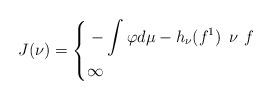
LaTeX: \begin{align*}\gathered J(\nu)=\left\{\aligned &-\int\varphi d\mu -h_\nu(f^1)\ \, \nu \, \, f\\&\infty\ \endaligned\right. \endgathered\end{align*}